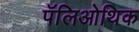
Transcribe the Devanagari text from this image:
पॅलिओथिक